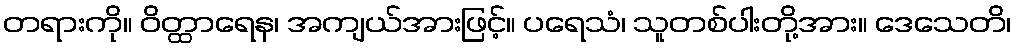
တရားကို။ ဝိတ္ထာရေန၊ အကျယ်အားဖြင့်။ ပရေသံ၊ သူတစ်ပါးတို့အား။ ဒေသေတိ၊